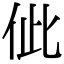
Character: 佌